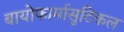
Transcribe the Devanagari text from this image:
बायोफार्मासुटिकल